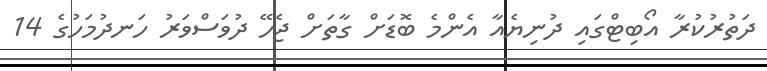
ދަތުރުކުރާ އޯބިޓްގައި ދުނިޔެއާ އެންމެ ބޮޑަށް ގާތަށް ޖެހޭ ދުވަސްވަރު ހަނދުމަހުގެ 14